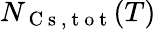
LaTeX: N_{\mathrm{~C~s~},\mathrm{~t~o~t~}}(T)